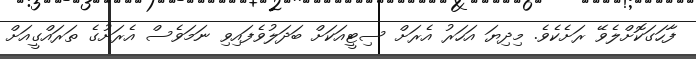
ފާހަގަކޮށްލެވޭ ރަށެކެވެ. މިދިޔަ އަހަރު އެރަށް ސިޓީއަކަށް ބަދަލުވެފައިވި ނަމަވެސް އެރަށުގެ ތަރައްގީއަށް